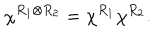
LaTeX: \chi ^ { R _ { 1 } \otimes R _ { 2 } } = \chi ^ { R _ { 1 } } \chi ^ { R _ { 2 } } .